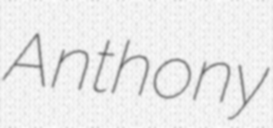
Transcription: Anthony